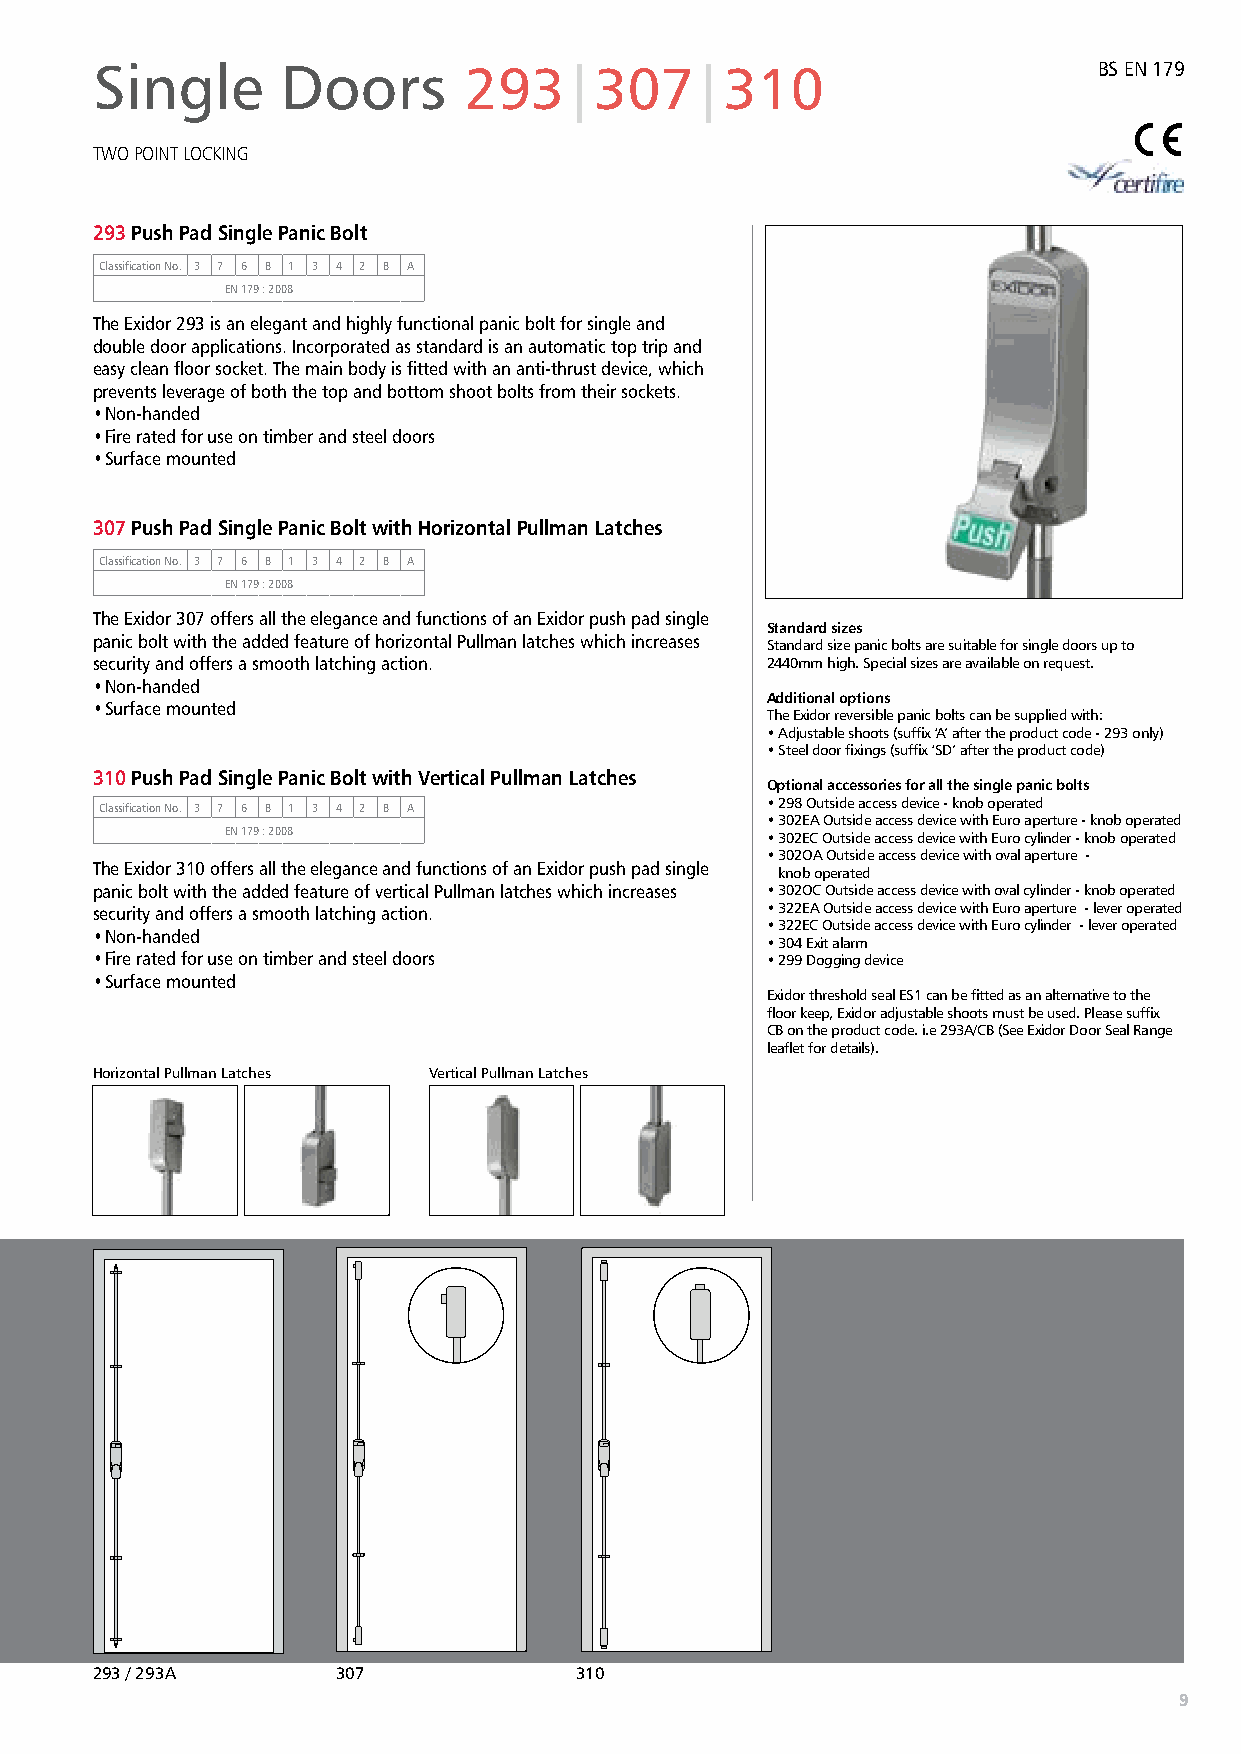
Single       Doors       293|307|310                               BS EN 179
 TWO POINT LOCKING
 293 Push Pad Single Panic Bolt
 Classification No. 3 7 6 B 1 3 4 2 B A
 EN 179 : 2008
 The Exidor 293 is an elegant and highly functional panic bolt for single and
 double door applications. Incorporated as standard is an automatic top trip and
 easy clean floor socket. The main body is fitted with an anti-thrust device, which
 prevents leverage of both the top and bottom shoot bolts from their sockets.
 • Non-handed
 • Fire rated for use on timber and steel doors
 • Surface mounted
 307 Push Pad Single Panic Bolt with Horizontal Pullman Latches
 Classification No. 3 7 6 B 1 3 4 2 B A
 EN 179 : 2008
 The Exidor 307 offers all the elegance and functions of an Exidor push pad single
 Standard sizes
 panic bolt with the added feature of horizontal Pullman latches which increases Standard size panic bolts are suitable for single doors up to
 security and offers a smooth latching action. 2440mm high. Special sizes are available on request.
 • Non-handed
 Additional options
 • Surface mounted
 The Exidor reversible panic bolts can be supplied with:
 • Adjustable shoots (suffix ‘A’ after the product code - 293 only)
 • Steel door fixings (suffix ‘SD’ after the product code)
 310 Push Pad Single Panic Bolt with Vertical Pullman Latches
 Optional accessories for all the single panic bolts
 • 298 Outside access device - knob operated
 Classification No. 3 7 6 B 1 3 4 2 B A
 • 3 02EA Outside access device with Euro aperture - knob operated
 EN 179 : 2008                       • 3 02EC Outside access device with Euro cylinder - knob operated
 • 3 02OA Outside access device with oval aperture -
 The Exidor 310 offers all the elegance and functions of an Exidor push pad single knob operated
 panic bolt with the added feature of vertical Pullman latches which increases • 3 02OC Outside access device with oval cylinder - knob operated
 security and offers a smooth latching action. • 3 22EA Outside access device with Euro aperture - lever operated
 • 3 22EC Outside access device with Euro cylinder - lever operated
 • Non-handed
 • 304 Exit alarm
 • Fire rated for use on timber and steel doors • 299 Dogging device
 • Surface mounted
 Exidor threshold seal ES1 can be fitted as an alternative to the
 floor keep, Exidor adjustable shoots must be used. Please suffix
 CB on the product code. i.e 293A/CB (See Exidor Door Seal Range
 leaflet for details).
 Horizontal Pullman Latches Vertical Pullman Latches
 293 / 293A      307             310
 9